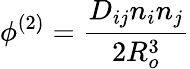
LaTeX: \phi^{(2)}=\frac{D_{ij}n_{i}n_{j}}{2R_{o}^{3}}